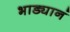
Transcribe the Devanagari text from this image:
भाड्यानं